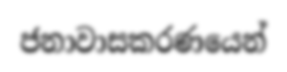
ජනාවාසකරණයෙන්